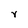
Character: Y